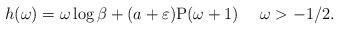
LaTeX: \begin{align*}h(\omega) = \omega\log\beta + (a + \varepsilon)\mathrm{P}(\omega+1)\ \ \ \ \omega > -1/2.\end{align*}